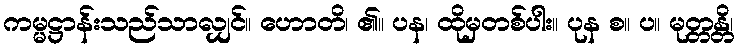
ကမ္မဋ္ဌာန်းသည်သာလျှင်။ ဟောတိ၊ ၏။ ပန၊ ထိုမှတစ်ပါး။ ပုန စ။ ပ။ မုတ္တန္တိ၊